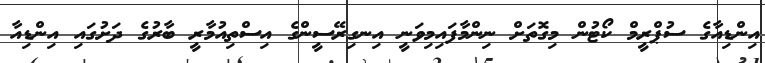
އިންޑިއާގެ ސުޕްރީމް ކޯޓުން މިގޮތަށް ނިންމާފައިމިވަނީ އިނގިރޭސީންގެ އިސްތިއުމާރީ ބާރުގެ ދަށުގައި އިންޑިއާ